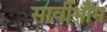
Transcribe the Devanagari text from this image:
सार्वीभौम